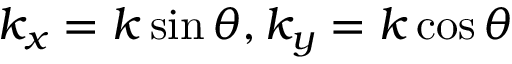
k _ { x } = k \sin \theta , k _ { y } = k \cos \theta